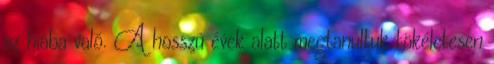
az hiába való. A hosszú évek alatt megtanultuk tökéletesen